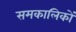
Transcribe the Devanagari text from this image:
समकालिकों